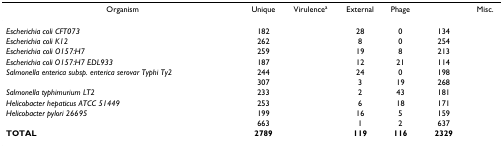
<table><thead><tr><td><b>Organism</b></td><td><b>Unique</b></td><td><b>Virulence<sup>a</sup></b></td><td><b>External</b></td><td><b>Phage</b></td><td>[EMPTY_CELL]</td><td><b>Misc.</b></td></tr></thead><tbody><tr><td><i>Escherichia coli CFT073</i></td><td>182</td><td>[EMPTY_CELL]</td><td>28</td><td>0</td><td>134</td><td>[EMPTY_CELL]</td></tr><tr><td><i>Escherichia coli K12</i></td><td>262</td><td>[EMPTY_CELL]</td><td>8</td><td>0</td><td>254</td><td>[EMPTY_CELL]</td></tr><tr><td><i>Escherichia coli O157:H7</i></td><td>259</td><td>[EMPTY_CELL]</td><td>19</td><td>8</td><td>213</td><td>[EMPTY_CELL]</td></tr><tr><td><i>Escherichia coli O157:H7 EDL933</i></td><td>187</td><td>[EMPTY_CELL]</td><td>12</td><td>21</td><td>114</td><td>[EMPTY_CELL]</td></tr><tr><td><i>Salmonella enterica subsp. enterica serovar Typhi Ty2</i></td><td>244</td><td>[EMPTY_CELL]</td><td>24</td><td>0</td><td>198</td><td>[EMPTY_CELL]</td></tr><tr><td>[EMPTY_CELL]</td><td>307</td><td>[EMPTY_CELL]</td><td>3</td><td>19</td><td>268</td><td>[EMPTY_CELL]</td></tr><tr><td><i>Salmonella typhimurium LT2</i></td><td>233</td><td>[EMPTY_CELL]</td><td>2</td><td>43</td><td>181</td><td>[EMPTY_CELL]</td></tr><tr><td><i>Helicobacter hepaticus ATCC 51449</i></td><td>253</td><td>[EMPTY_CELL]</td><td>6</td><td>18</td><td>171</td><td>[EMPTY_CELL]</td></tr><tr><td><i>Helicobacter pylori 26695</i></td><td>199</td><td>[EMPTY_CELL]</td><td>16</td><td>5</td><td>159</td><td>[EMPTY_CELL]</td></tr><tr><td>[EMPTY_CELL]</td><td>663</td><td>[EMPTY_CELL]</td><td>1</td><td>2</td><td>637</td><td>[EMPTY_CELL]</td></tr><tr><td><b>TOTAL</b></td><td><b>2789</b></td><td>[EMPTY_CELL]</td><td><b>119</b></td><td><b>116</b></td><td><b>2329</b></td><td>[EMPTY_CELL]</td></tr></tbody></table>